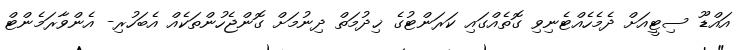
އައްޑޫ ސިޓީއަށް ދެމެހެއްޓެނިވި ގޮތެއްގައި ކަރަންޓުގެ ޚިދުމަތް ދިނުމަށް ގޮންޖެހުންތަކެއް އެބަހުރި- އެންވާރަމެންޓް